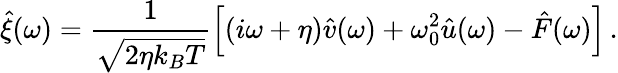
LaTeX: \hat{\xi}(\omega)=\frac{1}{\sqrt{2\eta k_{B}T}}\left[\left(i\omega+\eta\right)\hat{v}(\omega)+\omega_{0}^{2}\hat{u}(\omega)-\hat{F}(\omega)\right]\, .